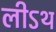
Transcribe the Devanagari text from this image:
लीऽथ